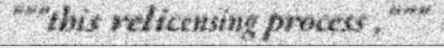
"""this relicensing process ,"""